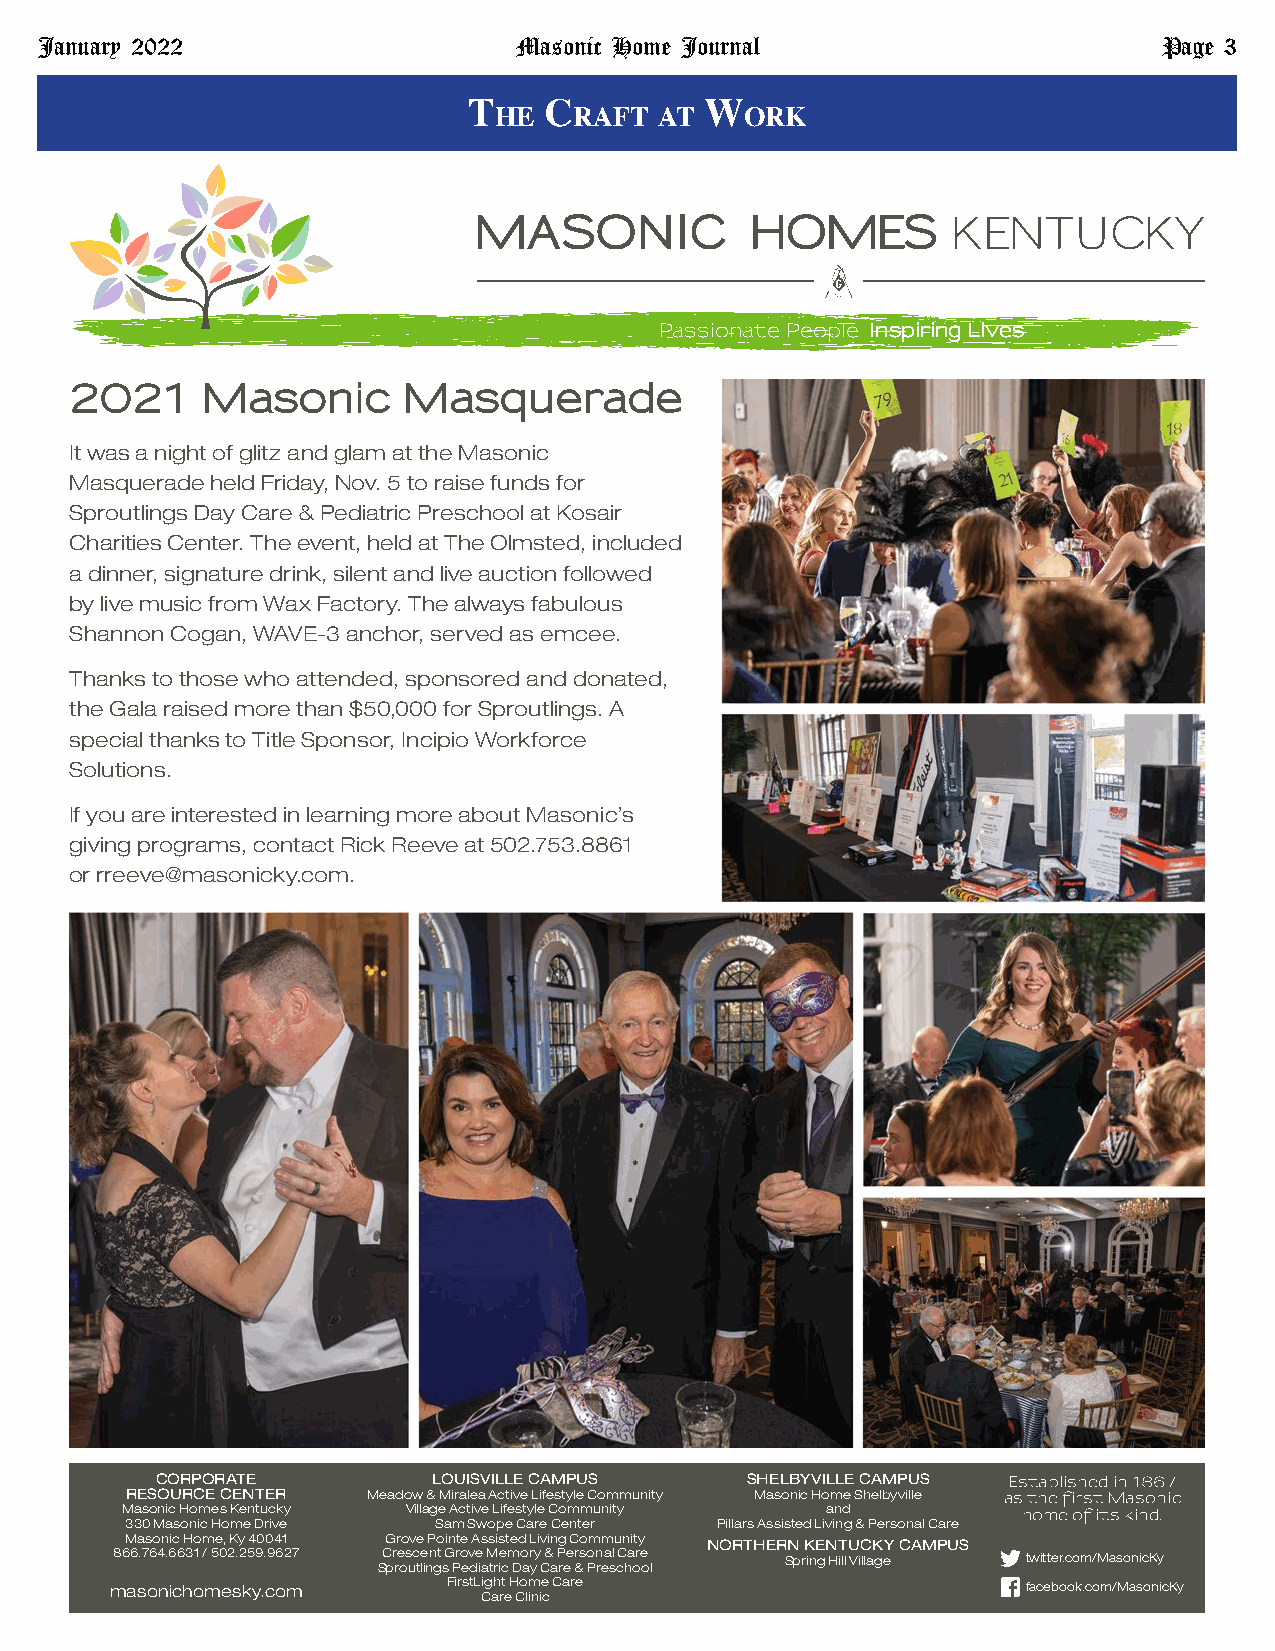
January 2022                    Masonic Home Journal                       Page 3
 t    c          W
 he   raft  at   ork
 Passionate People Inspiring Lives
 2021    Masonic       Masquerade
 It was a night of glitz and glam at the Masonic
 Masquerade held Friday, Nov. 5 to raise funds for
 Sproutlings Day Care & Pediatric Preschool at Kosair
 Charities Center. The event, held at The Olmsted, included
 a dinner, signature drink, silent and live auction followed
 by live music from Wax Factory. The always fabulous
 Shannon Cogan, WAVE-3 anchor, served as emcee.
 Thanks to those who attended, sponsored and donated,
 the Gala raised more than $50,000 for Sproutlings. A
 special thanks to Title Sponsor, Incipio Workforce
 Solutions.
 If you are interested in learning more about Masonic’s
 giving programs, contact Rick Reeve at 502.753.8861
 or rreeve@masonicky.com.
 CORPORATE          LOUISVILLE CAMPUS   SHELBYVILLE CAMPUS Established in 1867
 RESOURCE CENTER Meadow & Miralea Active Lifestyle Community Masonic Home Shelbyville as the first Masonic
 Masonic Homes Kentucky Village Active Lifestyle Community and home of its kind.
 330 Masonic Home Drive Sam Swope Care Center Pillars Assisted Living & Personal Care
 Masonic Home, Ky 40041 Grove Pointe Assisted Living Community NORTHERN KENTUCKY CAMPUS
 866.764.6631 / 502.259.9627 Crescent Grove Memory & Personal Care Spring Hill Village twitter.com/MasonicKy
 Sproutlings Pediatric Day Care & Preschool
 masonichomesky.com     FirstLight Home Care                  facebook.com/MasonicKy
 Care Clinic